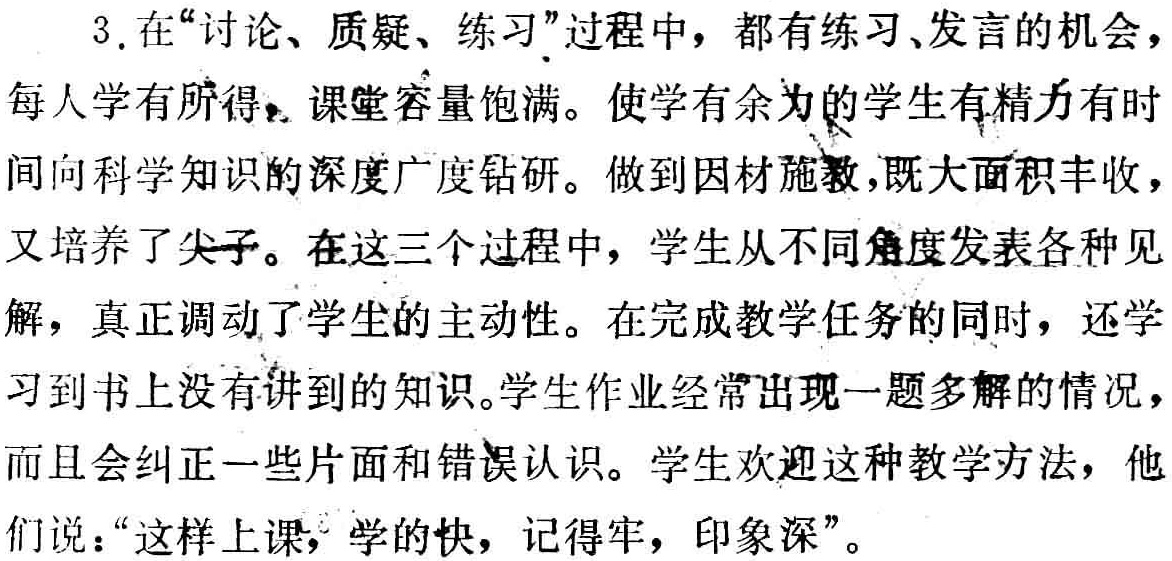
3. 在“讨论、质疑、练习”过程中，都有练习、发言的机会，每人学有所得，课堂容量饱满。使学有余力的学生有精力有时间向科学知识的深度广度钻研。做到因材施教，既大面积丰收，又培养了尖子。在这三个过程中，学生从不同角度发表各种见解，真正调动了学生的主动性。在完成教学任务的同时，还学习到书上没有讲到的知识。学生作业经常出现一题多解的情况，而且会纠正一些片面和错误认识。学生欢迎这种教学方法，他们说：“这样上课，学的快，记得牢，印象深”。